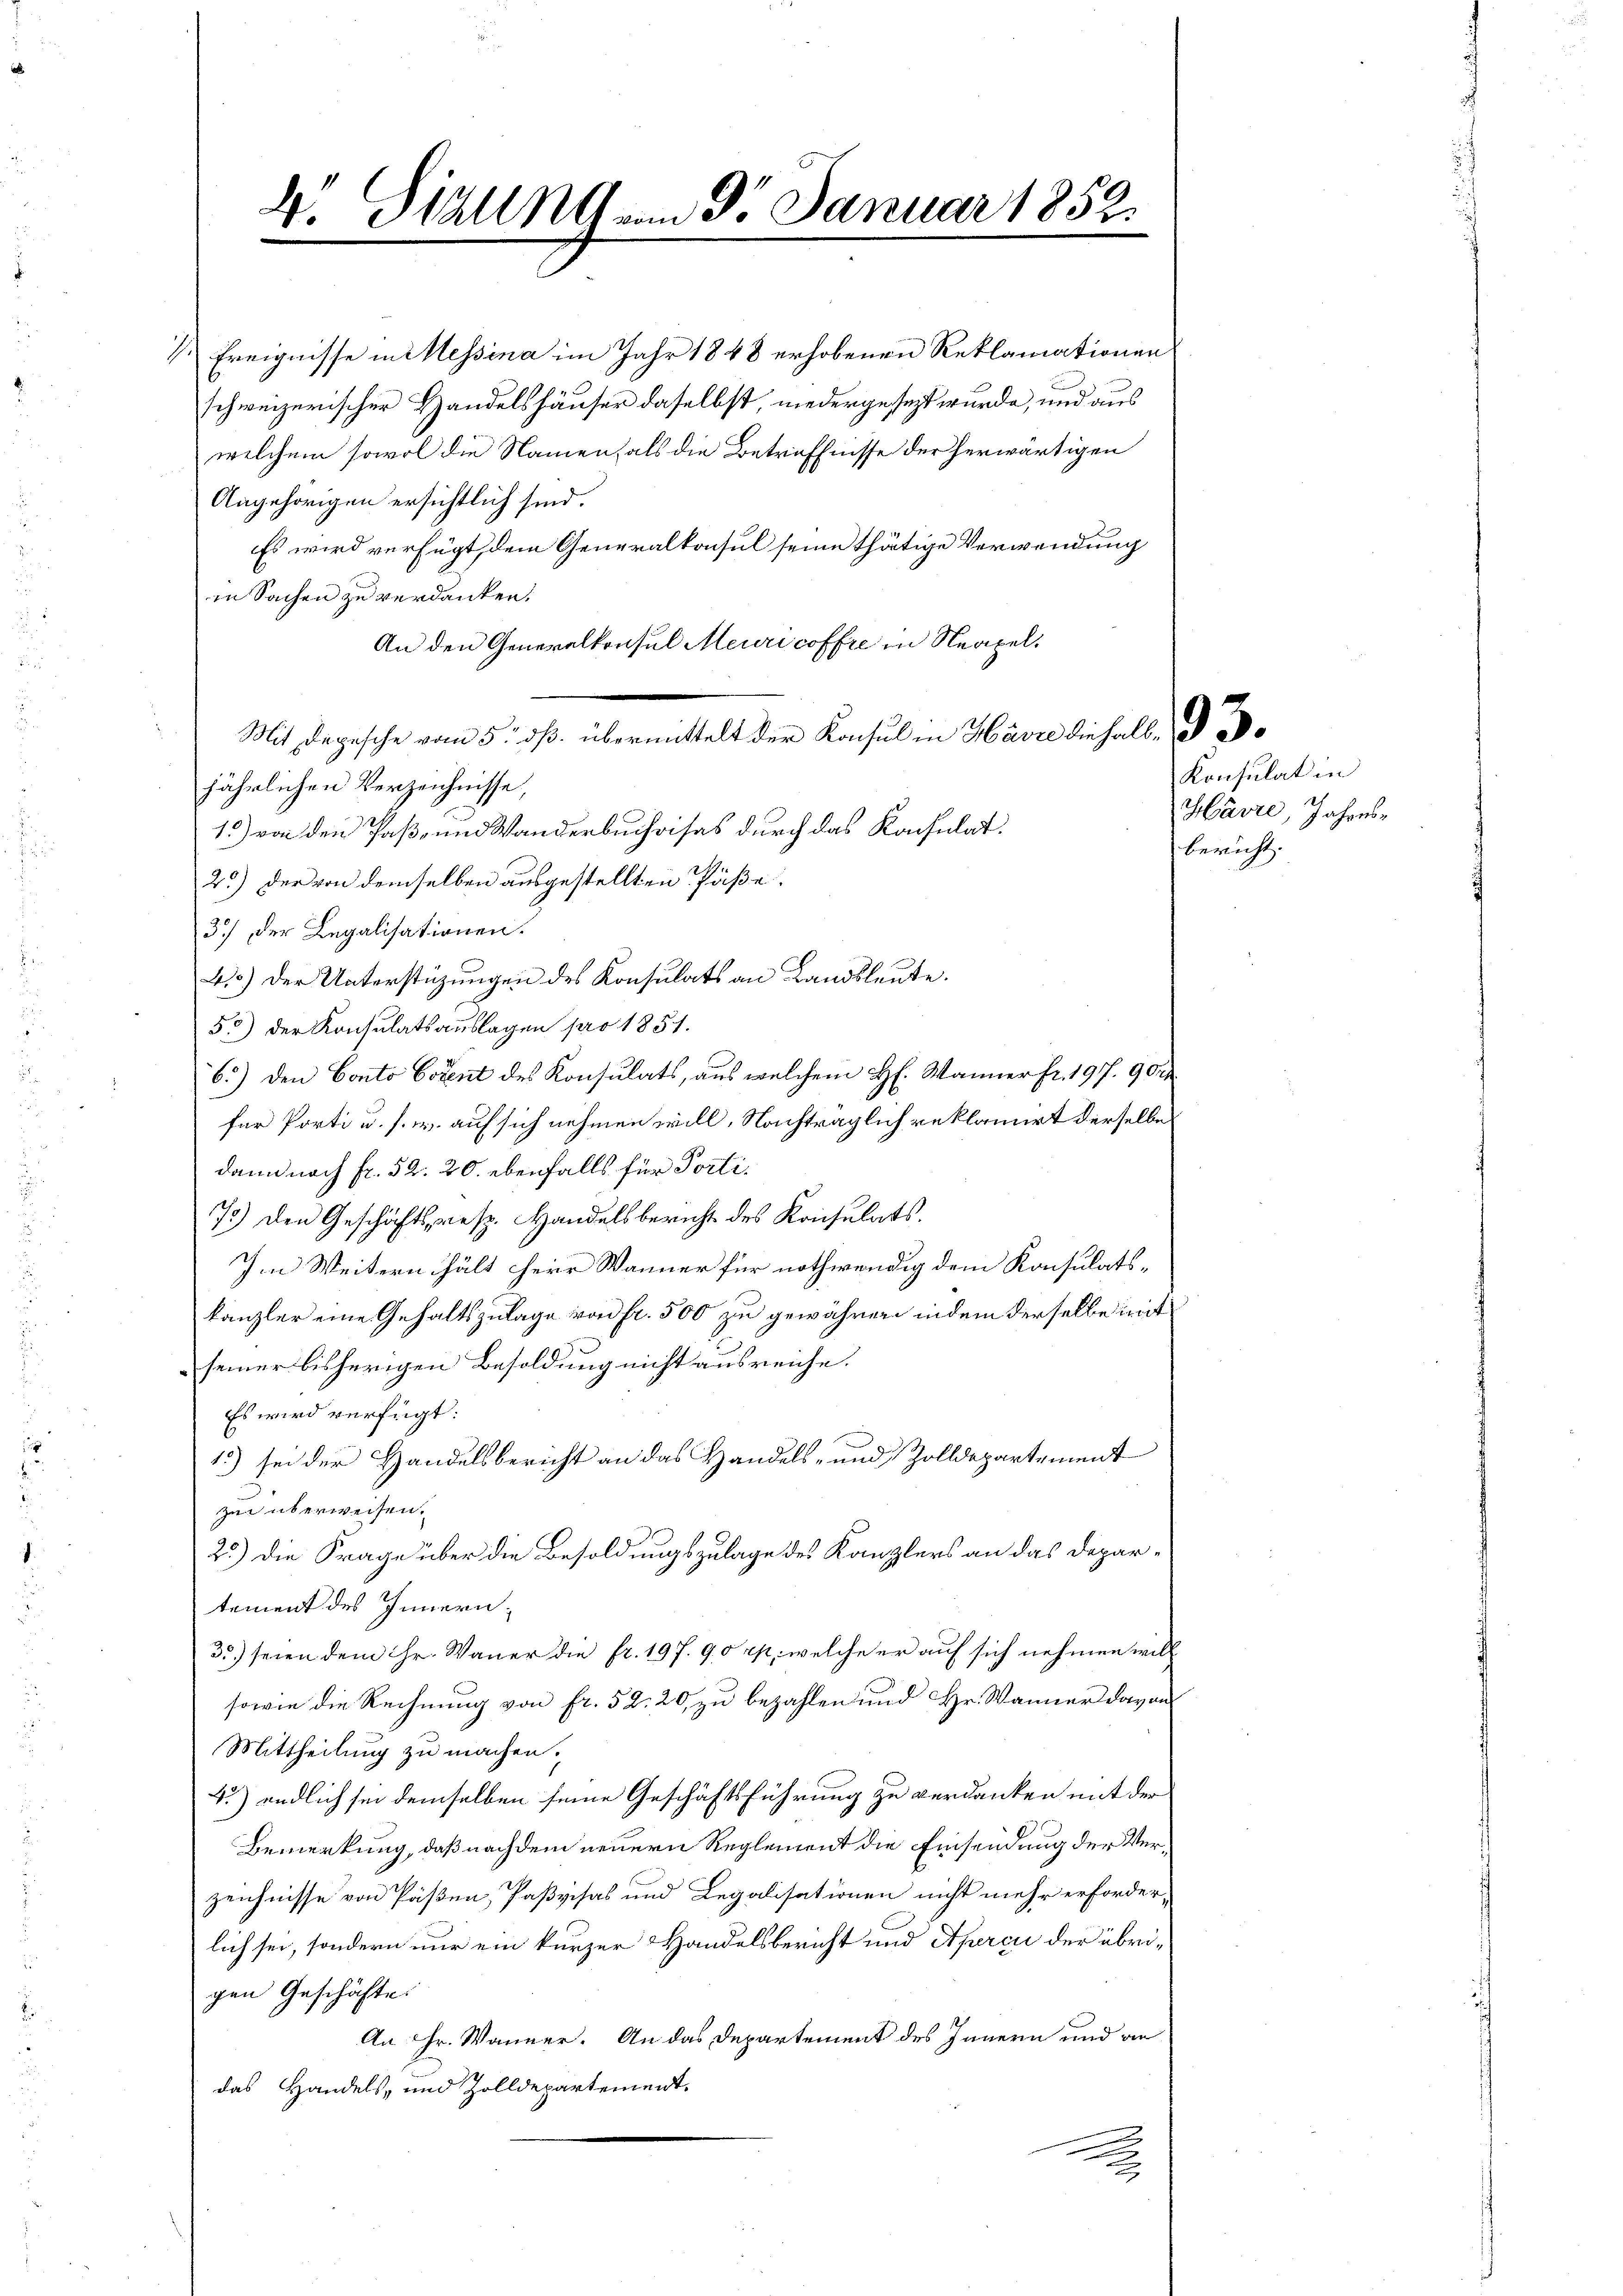
v. Stalla am 3. Januar 1859.
.

½ Ereignisse in Messina im Jahr 1848 erhobenen Reklamationen
schweizerischer Handelshäuser daselbst, niedergesezt wurde, und aus
welchem sowol die Namenfals die Betreffnisse der herwärtigen
Angehörigen ersichtlich sind.
Es wird verfügt, dem Generalkonsul seine thätige Verwendung
in Sachen zu verdanken.
An den Generalkonsul Meuricoffre in Neapel¬
Mit Degesche vom 5. dβ übermittelt der Konsul in Havre die halb d
jährlichen Verzeichnisse,
15) von den Paß- und Wanderbuchvisas durch das Konsulat.
25.) Der von demselben ausgestellten Päße.
3.) der Legalisationen.
40) Der Unterstüzungen des Konsulats an Landsleute.
55) der Konsulatsauslagen pro 1851.
6.) Den Conto Cotent des Konsulats, aus welchem H. Wanner Fr. 197. 90
für Porti u. s. w. auf sich nehmen will, Nachträglich reklamirt derselbe
dann nach Fr. 52. 20. ebenfalls für Porti¬
75.) Den Geschäfts, resp. Handelsbericht des Konsulats.
J. Weitern hält Herr Wanner für nothwendig dem Konsulatskanzler eine Gehaltszulage von fr. 500 zu gewähren, indem derselbe mit
seiner bisherigen Besoldung nicht ausreiche.
Es wird verfügt:
1.) sei der Handelsbericht an das Handels- und Zolldepartement
zer überweisen.
2.) Die Frage über die Besoldungszulage des Kanzlers an das Departement des Innern,
35.) seien dem Hr. Wauer die fr. 197. 90 rp., welche er auf sich nehmen will
sowie die Rechnung von fr. 52. 20, zu bezahlen und Hr. Wanner davon
Mittheilung zu machen.
4.) endlich sei demselben seine Geschäftsführung zu verdanken mit der
Bemerkung, daß nachdem neuern Reglement die Einsendung der Verzeichnisse von Paßen, Paßvisas und Legalisationen nicht mehr erforder-
lich sei, sondern nur ein kurzer Handelsbericht und Apercii der übrigen Geschäfte.
An Hr. Wanner. An das Departement des Innern und an
das Handels- und Zolldepartement.
s
x

Konsulat in
Havre, Jahres-
bericht. |